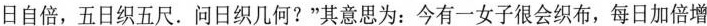
日自倍，五日织五尺。问日织几何?”其意思为：今有一女子很会织布，每日加倍增